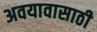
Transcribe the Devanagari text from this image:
अवयावासाठी